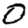
Digit: 0